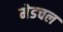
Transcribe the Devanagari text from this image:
मेडचल